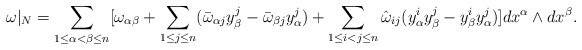
\begin{align*} \omega|_N=\sum_{1\le\alpha<\beta\le n}[\omega_{\alpha\beta}+\sum_{1\le j\le n}(\bar\omega_{\alpha j}y^j_\beta-\bar\omega_{\beta j}y^j_\alpha)+\sum_{1\le i<j\le n}\hat\omega_{i j}(y^i_\alpha y^j_\beta-y^i_\beta y^j_\alpha)]dx^\alpha\wedge dx^\beta.\end{align*}